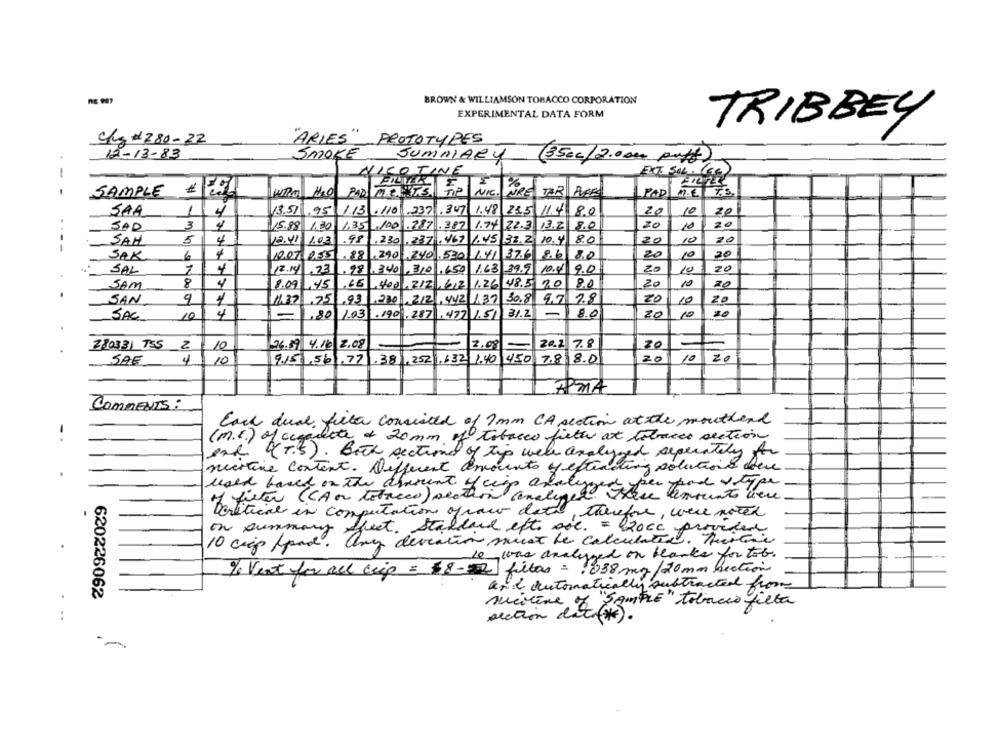
BROWN & WILLIAMSON TOBACCO CORPORATION
EXPERIMENTAL DATA FORM
TRIBBEY
c/z #280-22
"ÄRLES"
PROTOTYPES
12-13-83
SMOKE
SUMMARY
(35cc/2.000 puff)
1
NICOTINE
EXTE SIL. 666
%
SAMPLE
NIE.
ARE TAR PURES
PAD
SAA
1
4
13.51 .95
10
20
1.13 .110 .237 .347 1.48 23.5 11.4 8.0
20
3
4
15.88 1.30 1,35 ,100 .787 ,387 1.74 22.3 13.2 8.0
20
10
20
SAD
SAH
5
4
12.41 1.03
.99
,230 ,237 .467 1.45 32.2 10.4 8.0
20
10
20
----
SAK
6
1207 055
.&8 .290 240 .530
1.41
37.6
86
8.0
20
10
30
SAL
12.14 .23 .98 ,340 , 310 ,650 1.63 39.9 10.4 9.0
20
10
20
SAM
8
4
8.09 , 45 ,65 ,400, 212, 6,2 1.26 48.5 20 80
20
10
20
SAN
9
1,39 ,75 ,93 ,230 212 , 442 1.37 30.8 9.7 7.8
20
10
20
10
4
-
.80 1.03 .190 .287 .472 1.51 31.2
-
8.0
20
10
20
SAC
280331 755 2
26.59 4.16 2.08
2.08
20.2
7.8
20
10
SAE
4
10
2/51,561.77 .38 , 252 , 132 1.40 450 7.8 8.0
20
10
2
APMA
COMMENTS:
Each dual, filter consisted of 7mm CA section at the mouthend
-
(m.E.) of ccadate + 20mm of tobacco firth at tobacco section
"( T.5). Both sections of tip well analyzed seperately for
mitine content. Different amounts of eftercting solutions ater
wald based on the diament of ciep analys
filter (CA o tobacco) section analyzer
Deritical in computation opraw data, therefore, were noted
on summary
10 ciep food. any deviation must be calculated. Tische
Theat Standard ett sol. = 20cc provided.
Le_was analyzed on blanks for tob.
120 mm fection
% Vest for all crip = $8- 2 fitas = 1038 mg/
and automatically subtracted from
620226062
SAMPLE" tobacco filta
auction de
..
sucocine / s.
--